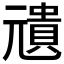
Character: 𠒺